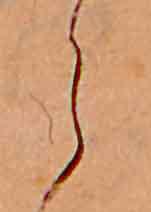
ら